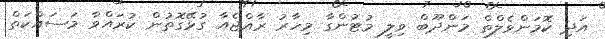
އަދި ކޮމަންވެލްތް މަންދޫބް ވިލީ މުޓުންގާ މިހާރު ރާއްޖެއާ ގުޅޭގޮތުން ކުރައްވާ މަސައްކަތް